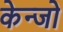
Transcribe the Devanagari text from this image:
केन्जो